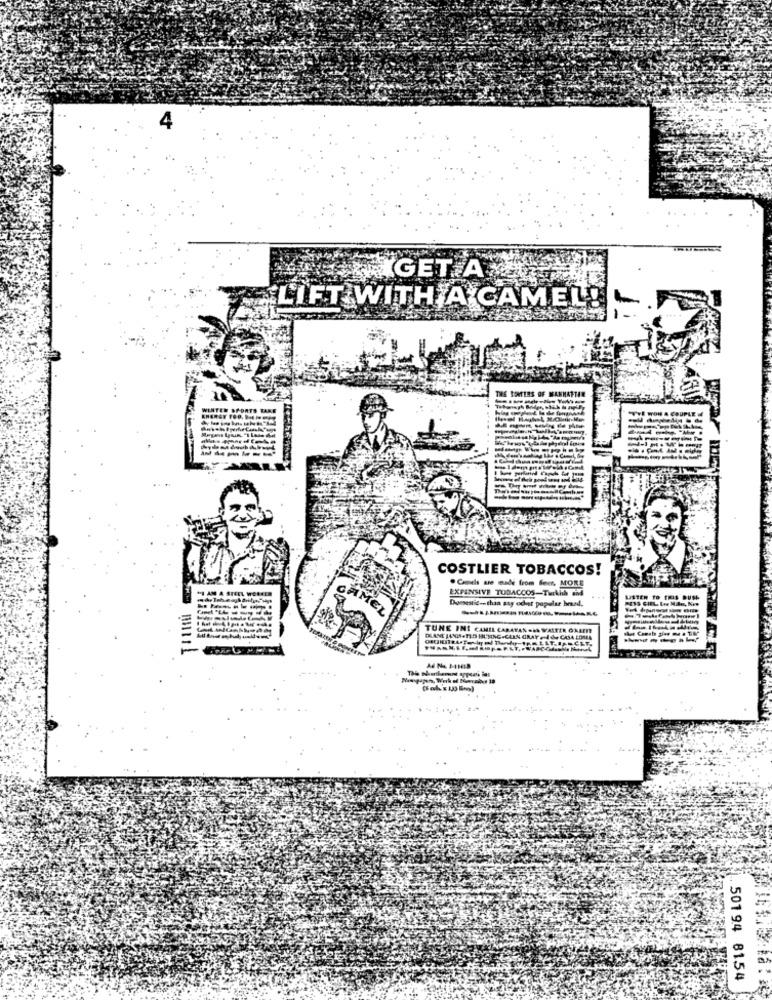
GET A
L'IFT WITH A CAMEL!
ENTERS OF
WINTER SPORTS TAKE
COSTLIER TOBACCOS!
STEEL WORELE
EXPENSIVE TOBACCOS-Turkish and
.Cd - - from Sem. MORE
---
AME
Domestic- than asy ochet popular brand.
TUNE INI CAMEL CARAVAN .I WALTER OXAM
-
The Northernt appears ias
50194 8154